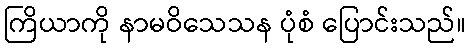
ကြိယာကို နာမဝိသေသန ပုံစံ ပြောင်းသည်။